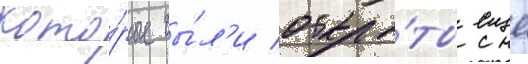
кото́рые бы́л'и откры́ты еще